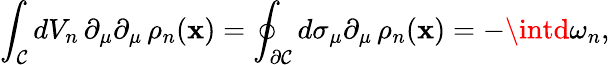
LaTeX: \int_{\cal{C}}dV_{n}\, \partial_{\mu}\partial_{\mu}\, \rho_{n}(\mathbf{x})=\oint_{\partial\cal{C}}d\sigma_{\mu}\partial_{\mu}\, \rho_{n}(\mathbf{x})=-\intd\omega_{n},